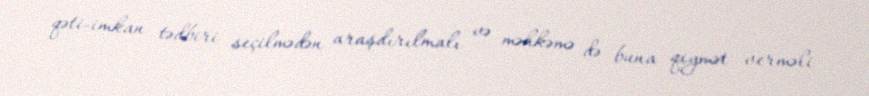
qəti-imkan tədbiri seçilmədən araşdırılmalı və məhkəmə də buna qiymət verməli